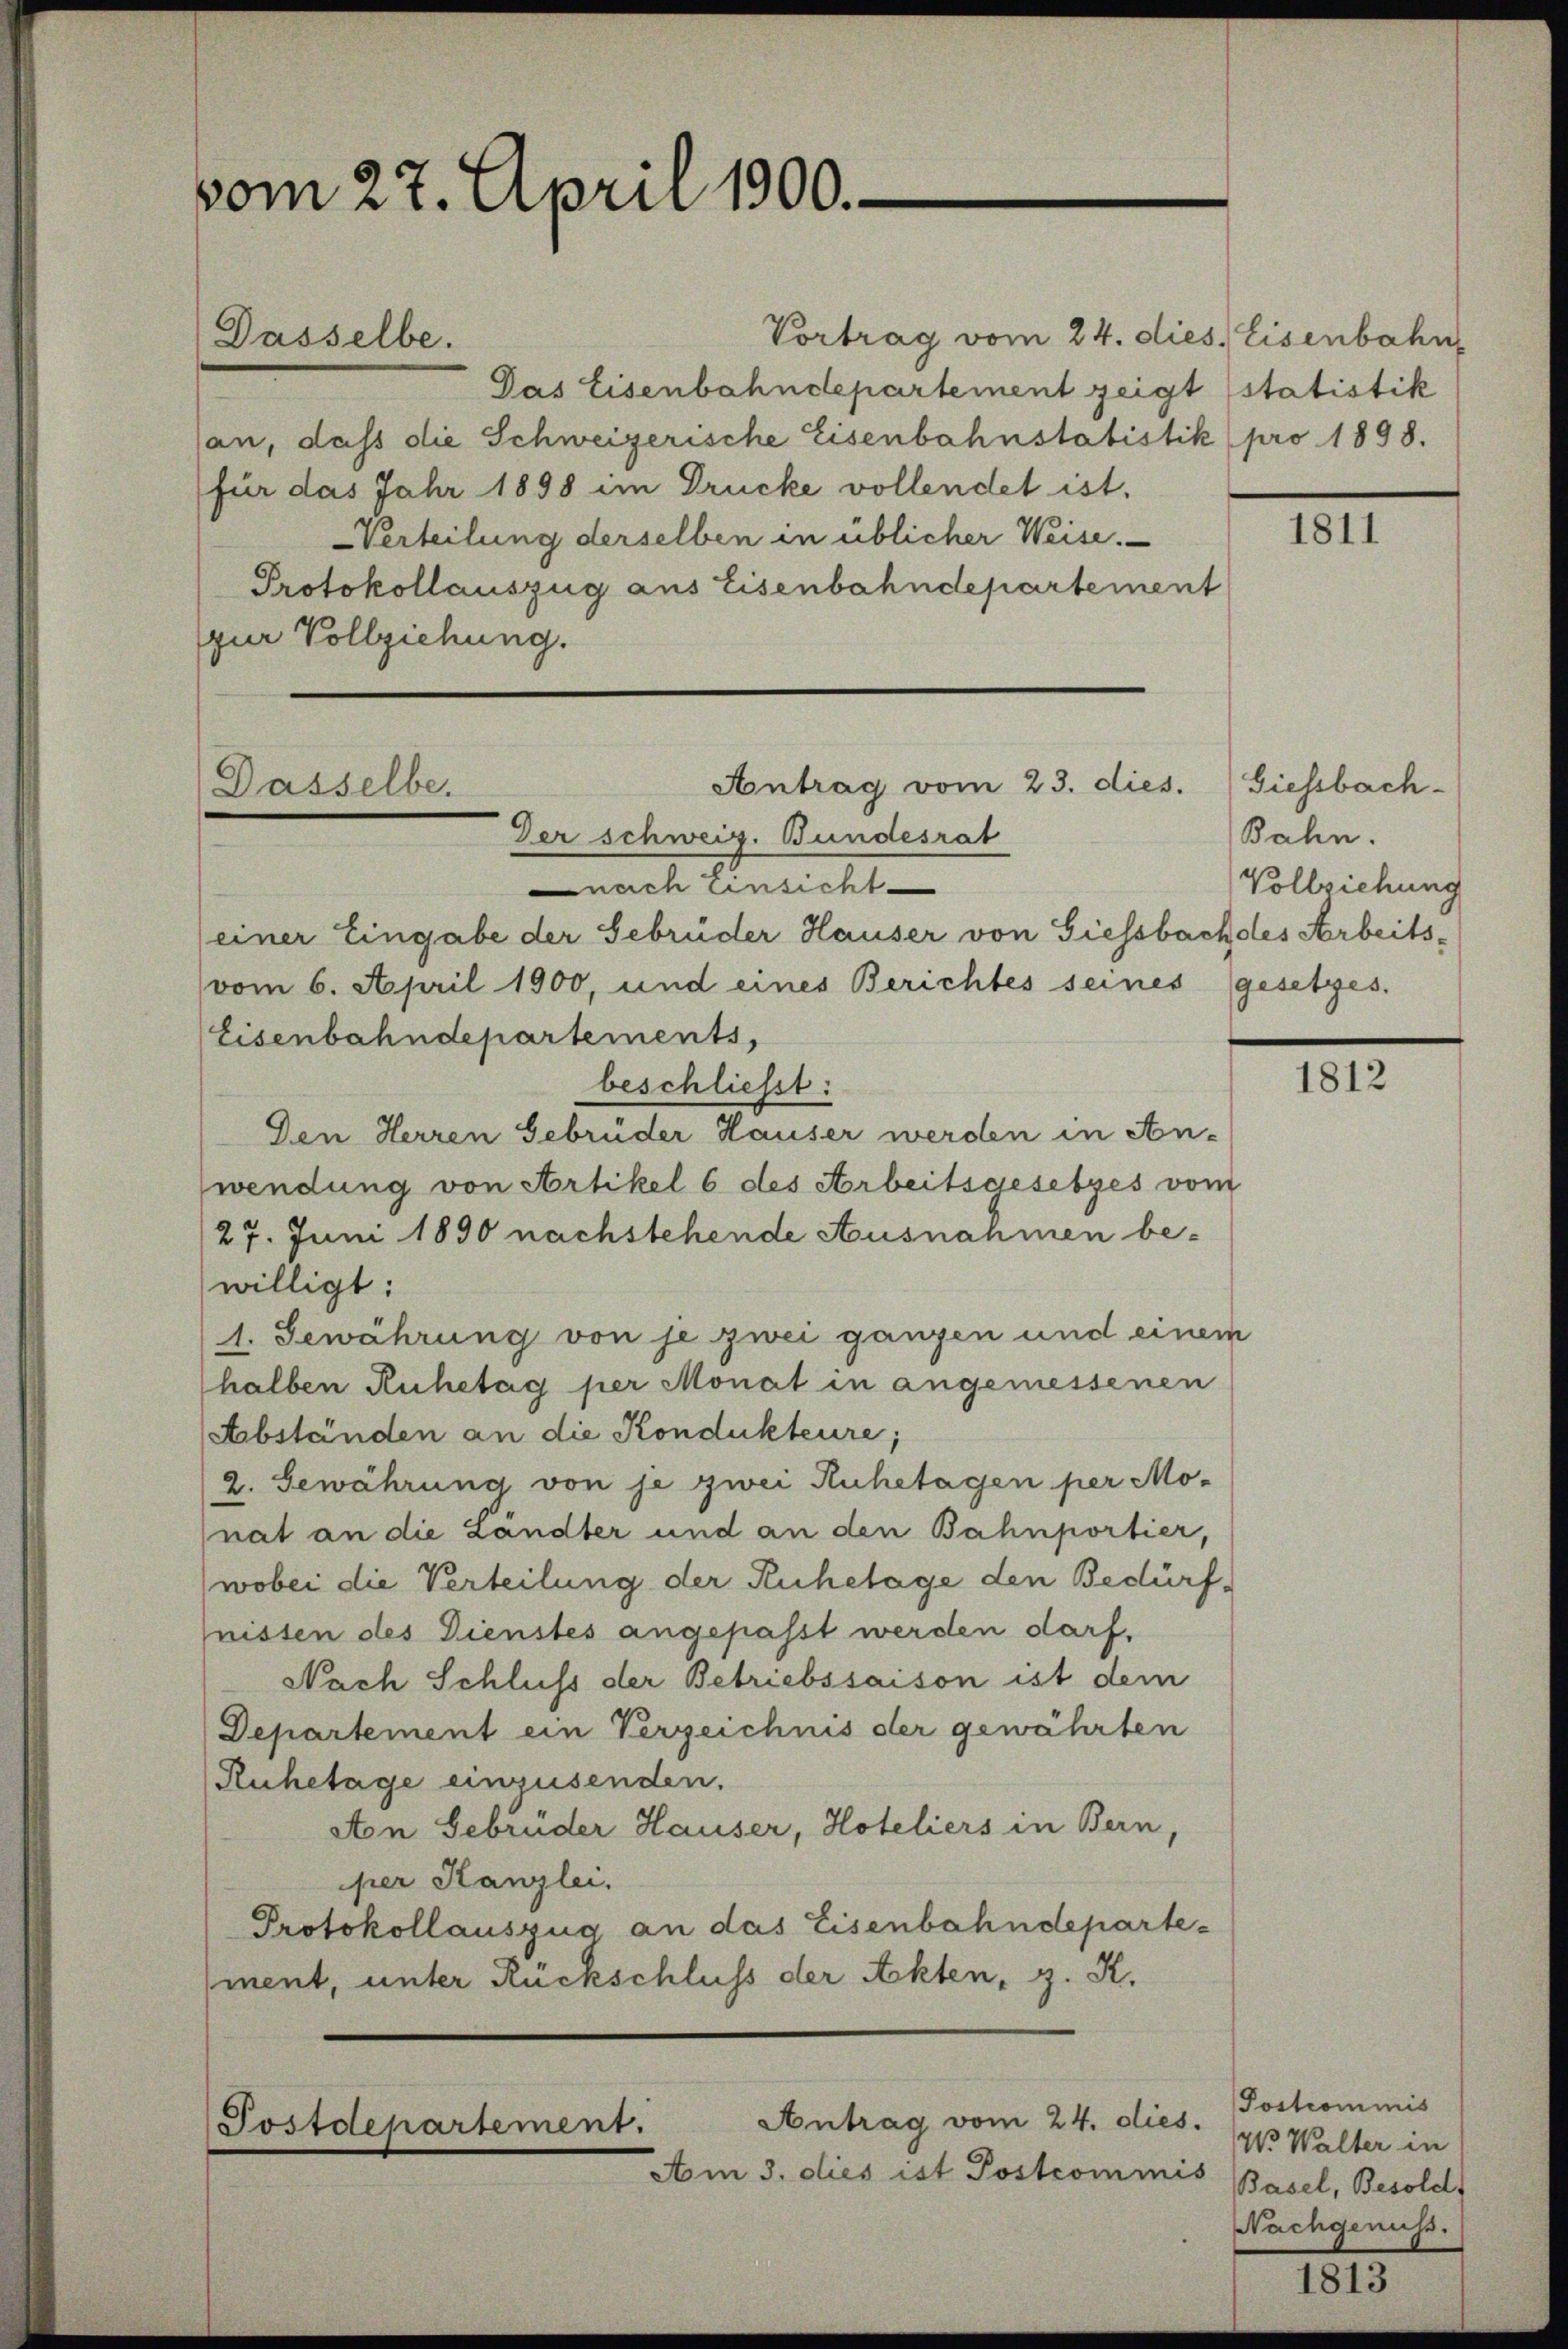
vom 27. April 1900.

Vortrag vom 24. dies Eisenbahn
Das Eisenbahndepartement zeigt statistik
an, dass die Schweizerische Eisenbahnstatistik (pro 1898.
für das Jahr 1898 im Drucke vollendet ist.
Verteilung derselben in üblicher Weise.
Protokollauszug aus Eisenbahndepartement
pur Vollziehung.

Dasselbe.

Antrag vom 23. dies.
Dasselbe.

Antrag vom 24. dies.
Postdepartement.

Am 3. dies ist Postcommis

Der schweiz. Bundesrat
nach einsicht
einer Eingabe der Gebrüder Hauser von Giessbach des Arbeitsvom 6. April 1900, und eines Berichtes seines gesetzes.
Eisenbahndepartements,
beschließt:
Den Herren Gebrüder Hauser werden in An-
wendung von Artikel 6 des Arbeitsgesetzes vom
27. Juni 1890 nachstehende Ausnahmen bewilligt:
1. Gewährung von je zwei ganzen und einem
halben Ruhetag per Monat in angemessenen
Abständen an die Kondukteure;
2. Gewährung von je zwei Ruhetagen per Mo-
nat an die Ländter und an den Bahnportier,
wobei die Verteilung der Ruhetage den Bedürf-
nissen des Dienstes angepasst werden darf.
Nach Schluss der Betriebssaison ist dem
Departement ein Verzeichnis der gewährten
Ruhetage einzusenden.
Aton Gebrüder Hauser, Hoteliers in Bern,
per Kanzlei.
Protokollauszug an das Eisenbahndepartement, unter Rückschluss der Akten, z. K.

1811

Giessbach-
Bahn.
Vollziehung

1812

Postcommis
Wo Walter in
Basel, Besold
Nachgenuss.

2

813